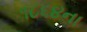
૧૮૬૪ના